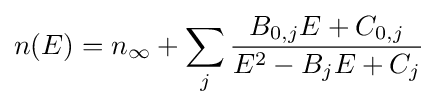
n(E)=n_{\infty }+\sum _{j}{\frac {B_{0,j}E+C_{0,j}}{E^{2}-B_{j}E+C_{j}}}